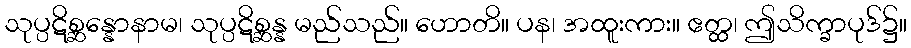
သုပ္ပဋိစ္ဆန္နောနာမ၊ သုပ္ပဋိစ္ဆန္န မည်သည်။ ဟောတိ။ ပန၊ အထူးကား။ ဧတ္ထ၊ ဤသိက္ခာပုဒ်၌။